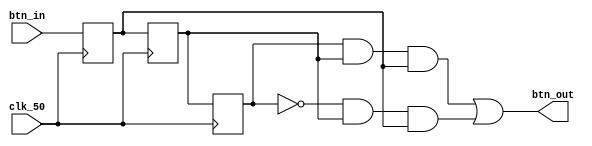
module button_escape(input clk_50, input btn_in, output btn_out);  
    reg  btn0 = 0;
    reg  btn1 = 0;
    reg  btn2 = 0;
    always@(posedge clk_50)
    begin
        btn0 <= btn_in;
        btn1 <= btn0;
        btn2 <= btn1;
    end

    assign btn_out = (btn2 & btn1 & btn0) | (~btn2 & btn1 & btn0);
endmodule